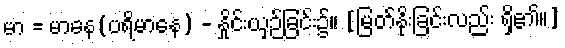
မာ = မာနေ(ပရိမာနေ) - နှိုင်းယှဉ်ခြင်း၌။ [မြတ်နိုးခြင်းလည်း ရှိ၏၊၊]